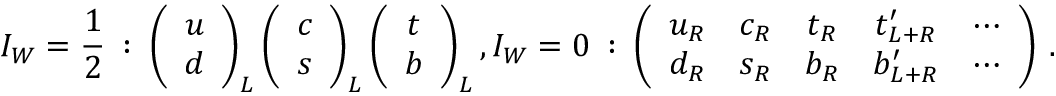
{ I _ { W } } = { \frac { 1 } { 2 } } \: : \: \left( \begin{array} { c } { { u } } \\ { { d } } \end{array} \right) _ { L } \left( \begin{array} { c } { { c } } \\ { { s } } \end{array} \right) _ { L } \left( \begin{array} { c } { { t } } \\ { { b } } \end{array} \right) _ { L } , I _ { W } = 0 \: : \: \left( \begin{array} { c c c c c } { { u _ { R } } } & { { c _ { R } } } & { { t _ { R } } } & { { t _ { L + R } ^ { \prime } } } & { { \cdots } } \\ { { d _ { R } } } & { { s _ { R } } } & { { b _ { R } } } & { { b _ { L + R } ^ { \prime } } } & { { \cdots } } \end{array} \right) \: .